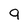
Character: 9